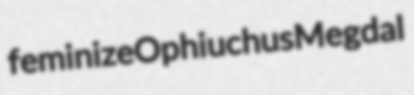
feminize Ophiuchus Megdal